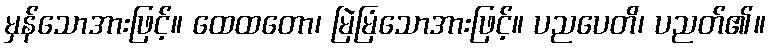
မှန်သောအားဖြင့်။ ထေထတော၊ မြဲမြံသောအားဖြင့်။ ပညပေတိ၊ ပညတ်၏။